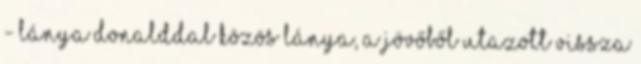
- lánya Donalddal közös lánya, a jövőből utazott vissza